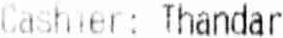
CASHIER: THANDAR